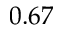
0 . 6 7